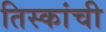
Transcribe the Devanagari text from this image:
तिस्कांची